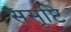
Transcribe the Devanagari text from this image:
ससृष्टि